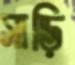
সাড়ি